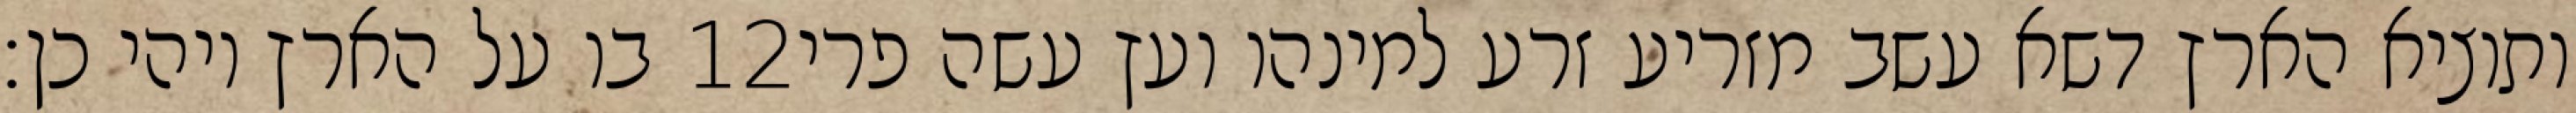
בו על הארץ ויהי כן׃ ‎12‏ ותוציא הארץ דשא עשב מזריע זרע למינהו ועץ עשה פרי